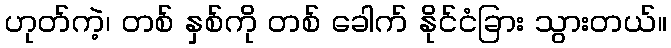
ဟုတ်ကဲ့၊ တစ် နှစ်ကို တစ် ခေါက် နိုင်ငံခြား သွားတယ်။